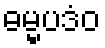
ဓမ္မပဒံဝ